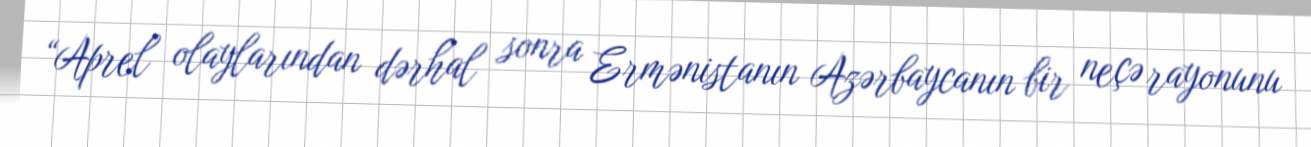
“Aprel olaylarından dərhal sonra Ermənistanın Azərbaycanın bir neçə rayonunu